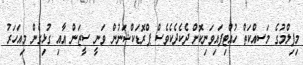
މިފިލްމުގެ މަސއްކަތް ހުއްޓިފައިވަނިކޮށް ދެކެދެކެވެސް ޕްރޮޑަކްޝަނުން ވަނީ ސީޒަން އާއި ގުޅިގެން މިއަހަރު